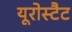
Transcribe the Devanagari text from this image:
यूरोस्टैट